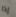
إذا